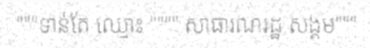
"""ទាន់តែ ឈ្មោះ """" សាធារណរដ្ឋ សង្គម"""